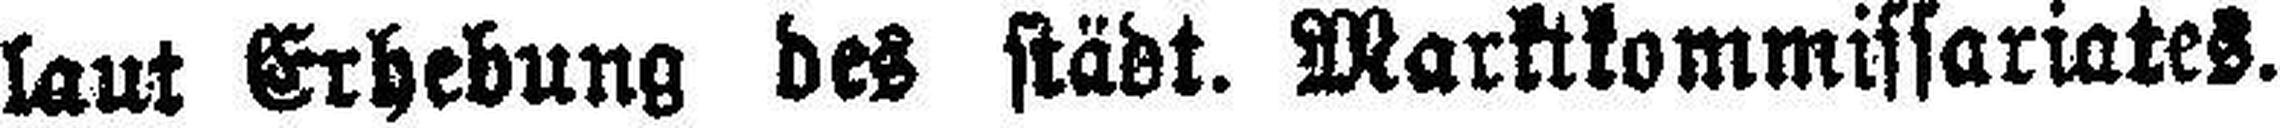
Laut Erhebung des städt. Marktkommissariates.